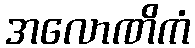
အလောဏိကံ